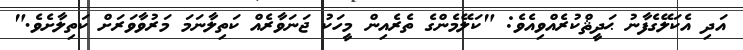
އަދި އެކަލޭގެފާނު ޙަދީޘްކުރެއްވިއެވެ: "ކަލޭމެންގެ ތެރެއިން މީހަކު ޖަނަވާރެއް ކަތިލާނަމަ މަރުވާވަރަށް ކަތިލާށެވެ."